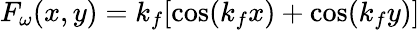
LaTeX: F_{\omega}(x,y)=k_{f}[\cos(k_{f}x)+\cos(k_{f}y)]